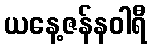
ယနေ့ဇန်နဝါရီ